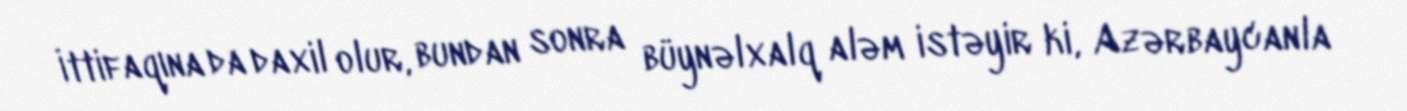
İttifaqına da daxil olur, bundan sonra büynəlxalq aləm istəyir ki, Azərbaycanla